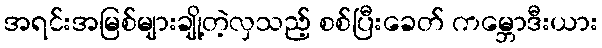
အရင်းအမြစ်များချို့တဲ့လှသည့် စစ်ပြီးခေတ် ကမ္ဘောဒီးယား